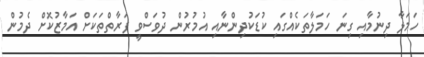
ހަމަލާ ދިނުމާއި ގިނަ ހަމަލާތަކެއްގައި ކުޑަކުދިންނާއި އުމުރުން ދުވަސްވީ ފަރާތްތަކަށް އަމާޒުކޮށް ދެމުން